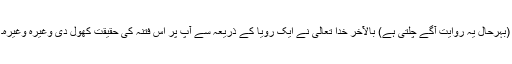
(بہرحال یہ روایت آگے چلتی ہے) بالآخر خدا تعالیٰ نے ایک رؤیا کے ذریعہ سے آپؐ پر اس فتنہ کی حقیقت کھول دی وغیرہ وغیرہ۔